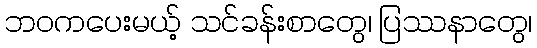
ဘဝကပေးမယ့် သင်ခန်းစာတွေ၊ ပြဿနာတွေ၊